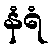
နံရံ